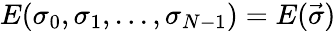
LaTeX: E(\sigma_{0},\sigma_{1},...,\sigma_{N-1})=E(\vec{\sigma})